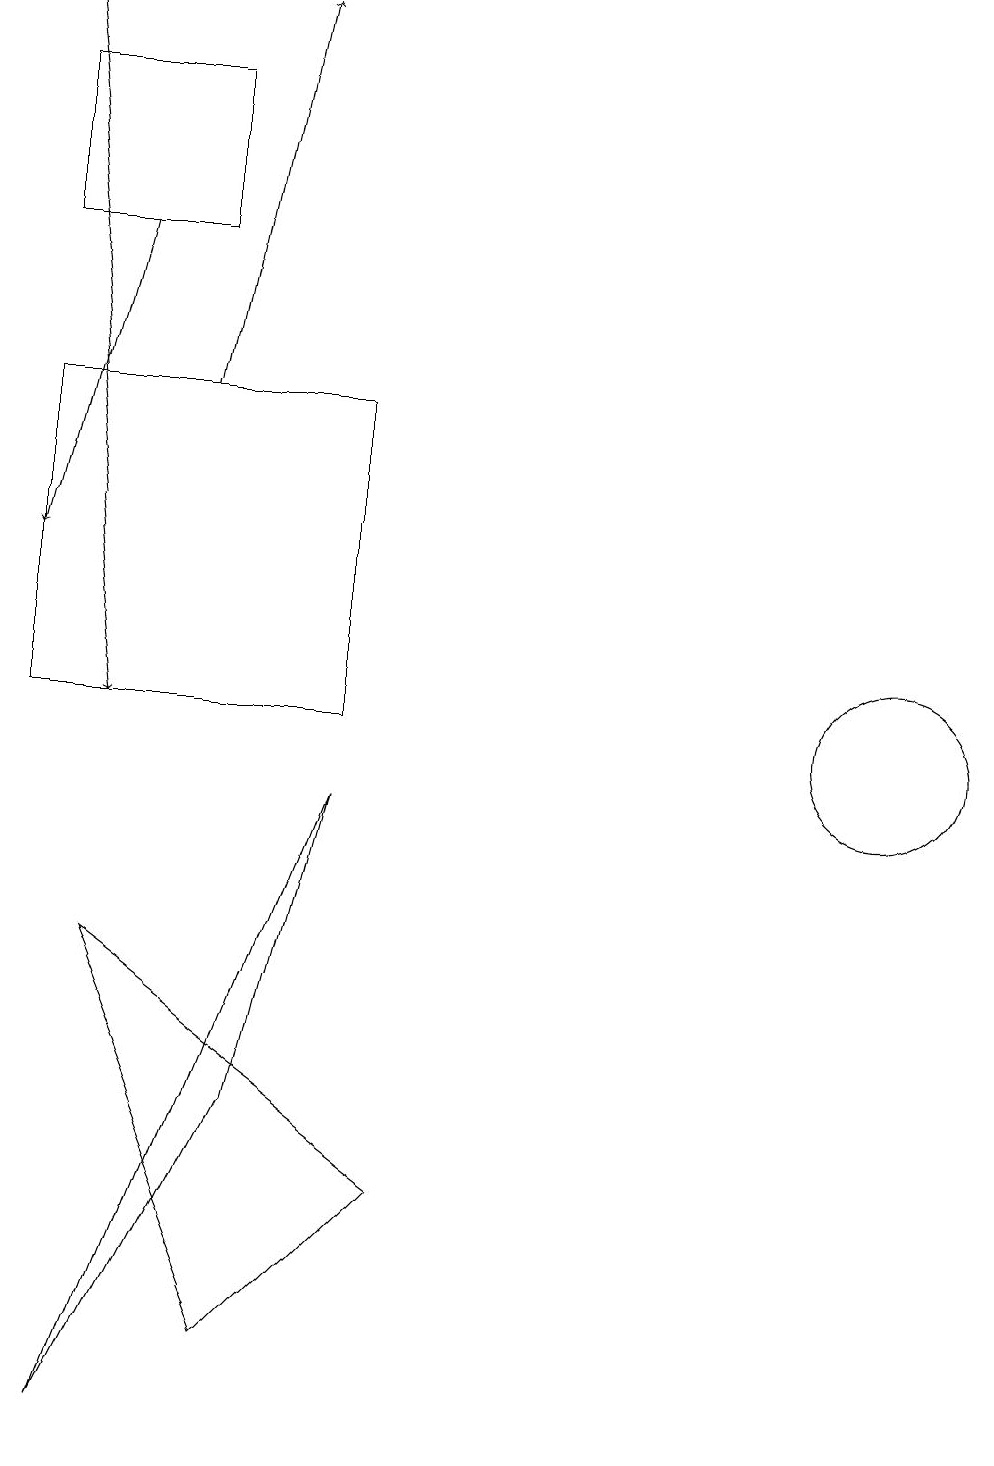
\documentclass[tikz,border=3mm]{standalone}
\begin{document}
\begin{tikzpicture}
\draw (12,10) circle (1);
\draw (1,14) rectangle (5,10);
\draw (6,4) -- (2,7) -- (4,2) -- cycle;
\draw[->] (2,16) -- (1,12);
\draw[->] (3,14) -- (4,19);
\draw (3,18) rectangle (1,16);
\draw[->] (1,19) -- (2,10);
\draw (2,1) -- (4,5) -- (5,9) -- cycle;
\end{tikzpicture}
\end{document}